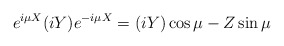
\begin{align*}e^{i\mu X}(iY) e^{-i\mu X}=(iY)\cos \mu -Z \sin \mu \end{align*}